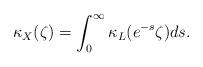
LaTeX: \begin{align*}\kappa_{X}(\zeta )=\int_{0}^{\infty }\kappa_{L}(e^{-s}\zeta) ds.\end{align*}